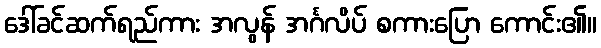
ဒေါ်ခင်ဆက်ရည်ကား အလွန် အင်္ဂလိပ် စကားပြော ကောင်း၏။